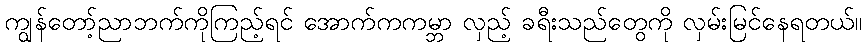
ကျွန်တော့်ညာဘက်ကိုကြည့်ရင် အောက်ကကမ္ဘာ လှည့် ခရီးသည်တွေကို လှမ်းမြင်နေရတယ်။